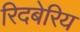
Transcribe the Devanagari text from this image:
रिदबेरिय